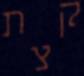
קצת